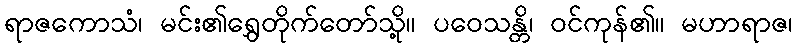
ရာဇကောသံ၊ မင်း၏ရွှေတိုက်တော်သို့။ ပဝေသန္တိ၊ ဝင်ကုန်၏။ မဟာရာဇ၊